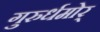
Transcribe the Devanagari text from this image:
गुरुर्धमोर्